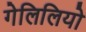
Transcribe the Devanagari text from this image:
गेलिलियो